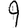
Digit: 9